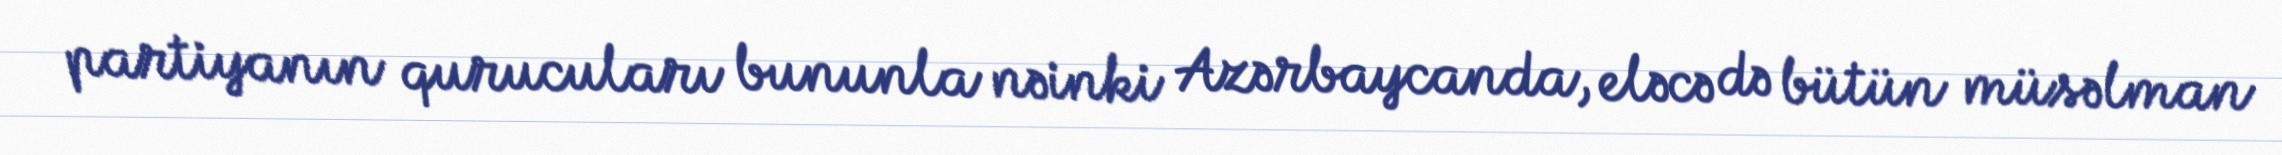
partiyanın qurucuları bununla nəinki Azərbaycanda, eləcə də bütün müsəlman